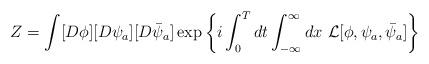
LaTeX: \begin{align*}Z=\int[D\phi][D\psi_a][D\bar\psi_a]\exp\left\{i\int^T_0dt\int^\infty_{-\infty}dx \ {\cal L}[\phi,\psi_a,\bar\psi_a]\right\}\end{align*}